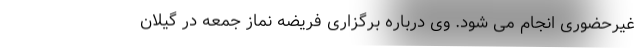
غیرحضوری انجام می شود. وی درباره برگزاری فریضه نماز جمعه در گیلان